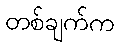
တစ်ချက်က